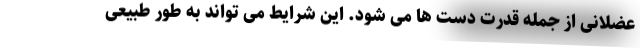
عضلانی از جمله قدرت دست ها می شود. این شرایط می تواند به طور طبیعی